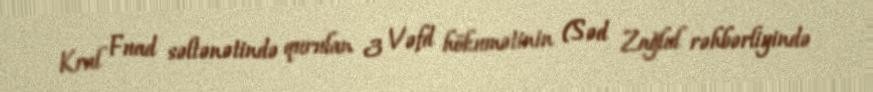
Kral Fuad səltənətində qurulan 3 Vəfd hökumətinin (Səd Zağlul rəhbərliyində